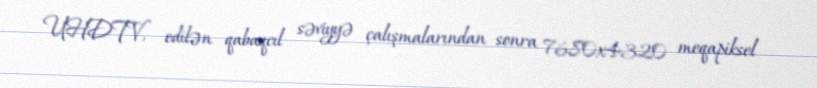
UHDTV, edilən qabaqcıl səviyyə çalışmalarından sonra 7680x4320 meqapiksel